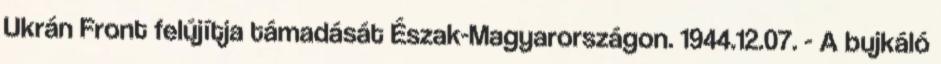
Ukrán Front felújítja támadását Észak-Magyarországon. 1944.12.07. - A bujkáló